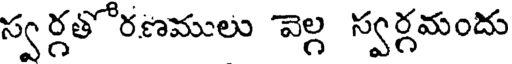
స్వర్గతోరణములు వెల్గ స్వర్గమందు